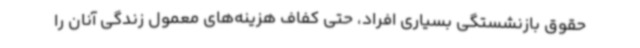
حقوق بازنشستگی بسیاری افراد، حتی کفاف هزینه‌های معمول زندگی آنان را